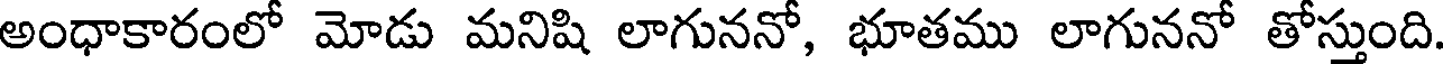
అంధాకారంలో మోడు మనిషి లాగుననో, భూతము లాగుననో తోస్తుంది